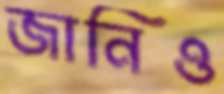
জানিও